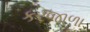
કરજાળા